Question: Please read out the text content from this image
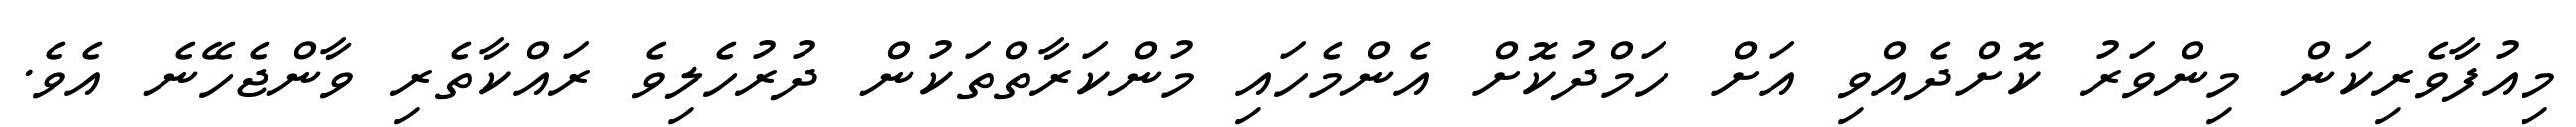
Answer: މިއުފާވެރިކަން މިންވަރު ކޮށްދެއްވި އަށް ހަމްދުކޮށް އެންމެހައި މުންކަރާތްތަކުން ދުރުހެލިވެ ރައްކާތެރި ވާންޖެހޭނެ އެވެ.